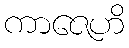
ကာဇေဟိ